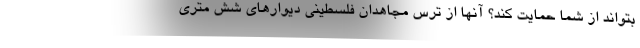
بتواند از شما حمایت کند؟ آنها از ترس مجاهدان فلسطینی دیوارهای شش متری